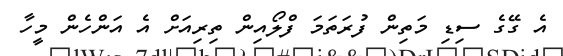
އެ ގޭގެ ސިޑި މަތިން ފުރަތަމަ ފްލޯއިން ތިރިއަށް އެ އަންހެން މީހާ